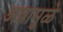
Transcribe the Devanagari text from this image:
अन्नामुळे